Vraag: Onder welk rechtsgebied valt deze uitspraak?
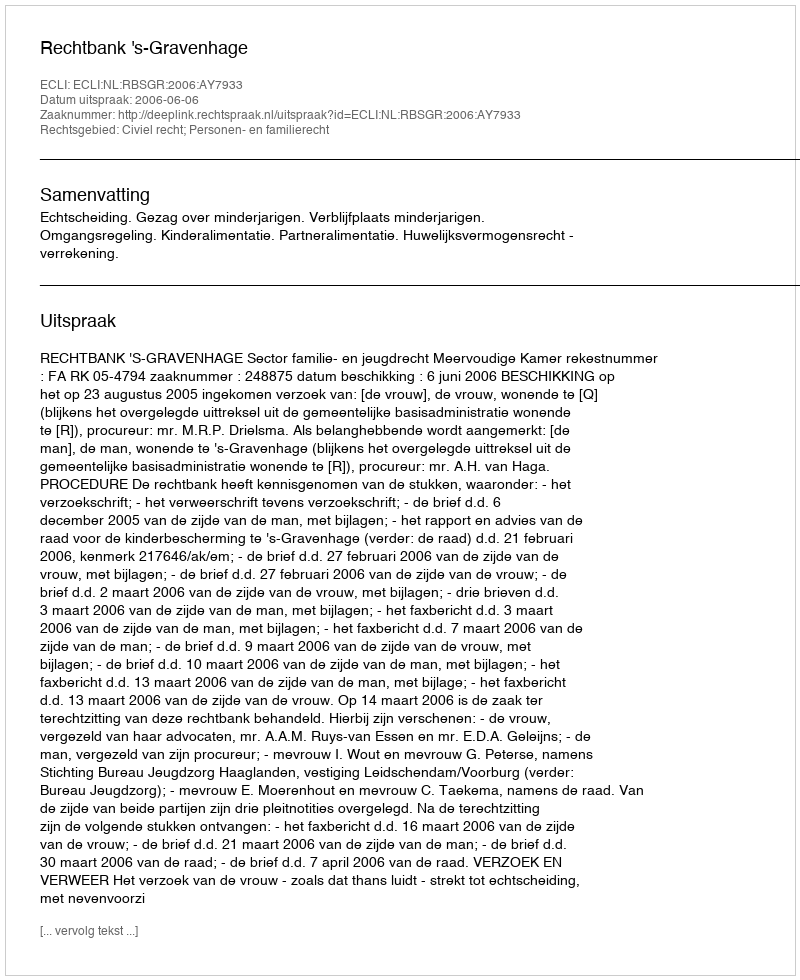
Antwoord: Civiel recht; Personen- en familierecht